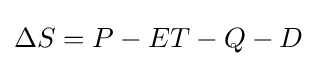
\Delta S=P-ET-Q-D\,\!